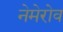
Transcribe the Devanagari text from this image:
नेमेरोव